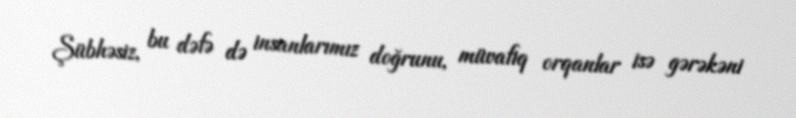
Şübhəsiz, bu dəfə də insanlarımız doğrunu, müvafiq orqanlar isə gərəkəni